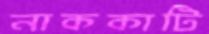
নাককাটি